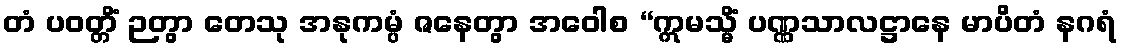
တံ ပဝတ္တိံ ဉတွာ တေသု အနုကမ္ပံ ဇနေတွာ အဝေါစ “ဣမသ္မိံ ပဏ္ဏသာလဋ္ဌာနေ မာပိတံ နဂရံ